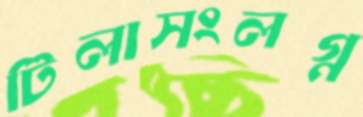
টিলাসংলগ্ন